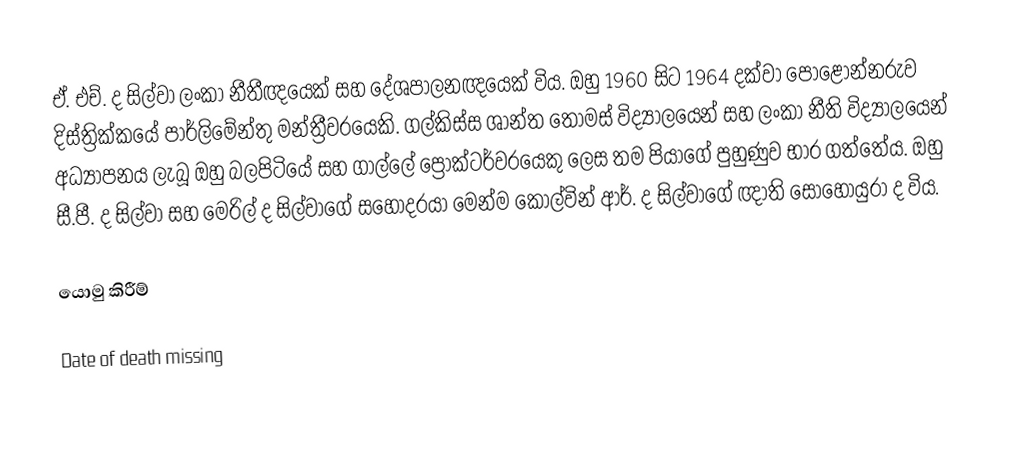
ඒ. එච්. ද සිල්වා ලංකා නීතීඥයෙක් සහ දේශපාලනඥයෙක් විය. ඔහු 1960 සිට 1964 දක්වා පොළොන්නරුව දිස්ත්‍රික්කයේ පාර්ලිමේන්තු මන්ත්‍රීවරයෙකි. ගල්කිස්ස ශාන්ත තෝමස් විද්‍යාලයෙන් සහ ලංකා නීති විද්‍යාලයෙන් අධ්‍යාපනය ලැබූ ඔහු බලපිටියේ සහ ගාල්ලේ ප්‍රොක්ටර්වරයෙකු ලෙස තම පියාගේ පුහුණුව භාර ගත්තේය. ඔහු සී.පී. ද සිල්වා සහ මෙරිල් ද සිල්වාගේ සහෝදරයා මෙන්ම කොල්වින් ආර්. ද සිල්වාගේ ඥාති සොහොයුරා ද විය.

යොමු කිරීම්

Date of death missing